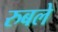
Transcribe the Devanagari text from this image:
रुबले